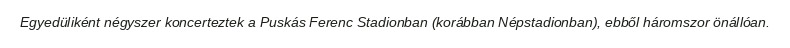
Egyedüliként négyszer koncerteztek a Puskás Ferenc Stadionban (korábban Népstadionban), ebből háromszor önállóan.